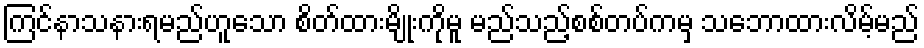
ကြင်နာသနားရမည်ဟူသော စိတ်ထားမျိုးကိုမူ မည်သည့်စစ်တပ်ကမှ သဘောထားလိမ့်မည်